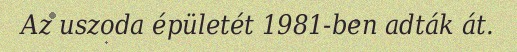
Az uszoda épületét 1981-ben adták át.